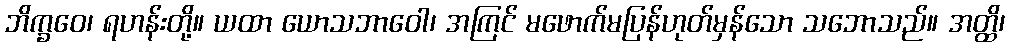
ဘိက္ခဝေ၊ ရဟန်းတို့။ ယထာ ယောသဘာဝေါ၊ အကြင် မဖောက်မပြန်ဟုတ်မှန်သော သဘောသည်။ အတ္ထိ၊